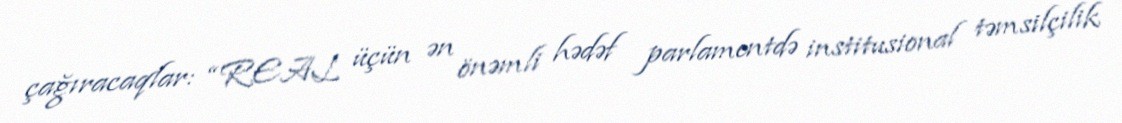
çağıracaqlar: “REAL üçün ən önəmli hədəf parlamentdə institusional təmsilçilik